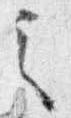
之